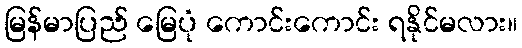
မြန်မာပြည် မြေပုံ ကောင်းကောင်း ရနိုင်မလား။